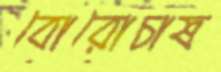
বোরোচাষ